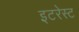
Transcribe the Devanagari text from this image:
इटरेस्‍ट